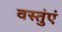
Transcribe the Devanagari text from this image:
वस्तुंएं